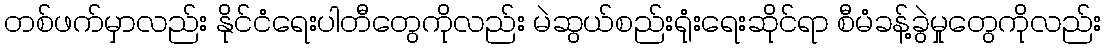
တစ်ဖက်မှာလည်း နိုင်ငံရေးပါတီတွေကိုလည်း မဲဆွယ်စည်းရုံးရေးဆိုင်ရာ စီမံခန့်ခွဲမှုတွေကိုလည်း